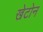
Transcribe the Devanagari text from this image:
खेटोन